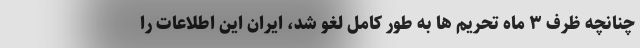
چنانچه ظرف ۳ ماه تحریم ها به طور کامل لغو شد، ایران این اطلاعات را